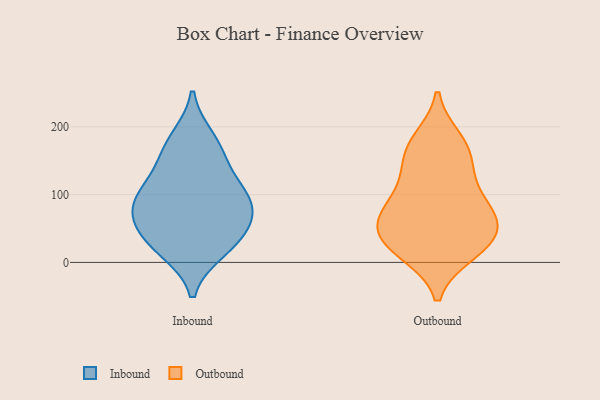
{"axis": {"x": "Satisfaction Score", "y": "Value"}, "legend": ["Inbound", "Outbound"], "data": [{"x": "", "y": 167, "type": "Inbound"}, {"x": "", "y": 105, "type": "Inbound"}, {"x": "", "y": 23, "type": "Inbound"}, {"x": "", "y": 18, "type": "Inbound"}, {"x": "", "y": 86, "type": "Inbound"}, {"x": "", "y": 81, "type": "Inbound"}, {"x": "", "y": 183, "type": "Inbound"}, {"x": "", "y": 44, "type": "Inbound"}, {"x": "", "y": 75, "type": "Inbound"}, {"x": "", "y": 142, "type": "Inbound"}, {"x": "", "y": 48, "type": "Inbound"}, {"x": "", "y": 105, "type": "Inbound"}, {"x": "", "y": 80, "type": "Outbound"}, {"x": "", "y": 25, "type": "Outbound"}, {"x": "", "y": 169, "type": "Outbound"}, {"x": "", "y": 180, "type": "Outbound"}, {"x": "", "y": 78, "type": "Outbound"}, {"x": "", "y": 67, "type": "Outbound"}, {"x": "", "y": 114, "type": "Outbound"}, {"x": "", "y": 55, "type": "Outbound"}, {"x": "", "y": 130, "type": "Outbound"}, {"x": "", "y": 161, "type": "Outbound"}, {"x": "", "y": 15, "type": "Outbound"}, {"x": "", "y": 32, "type": "Outbound"}, {"x": "", "y": 58, "type": "Outbound"}, {"x": "", "y": 22, "type": "Outbound"}]}